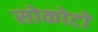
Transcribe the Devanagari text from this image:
सोकोटो